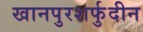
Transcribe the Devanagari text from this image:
खानपुरशर्फुदीन